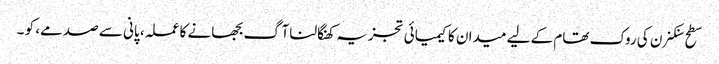
سطح سنکنرن کی روک تھام کے لیے میدان کا کیمیائی تجزیہ کھنگالنا آگ بجھانے کا عملہ، پانی سے صدمے، کو ۔